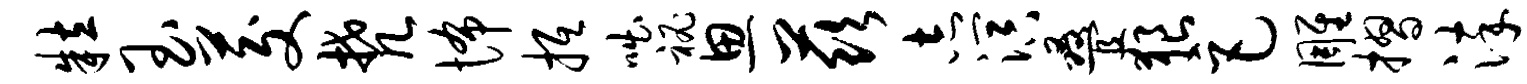
粒玉茭梵怖抵咄秘思兹志溟叠狼巨雕摺淬